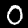
Label: 0